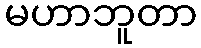
မဟာဘူတာ